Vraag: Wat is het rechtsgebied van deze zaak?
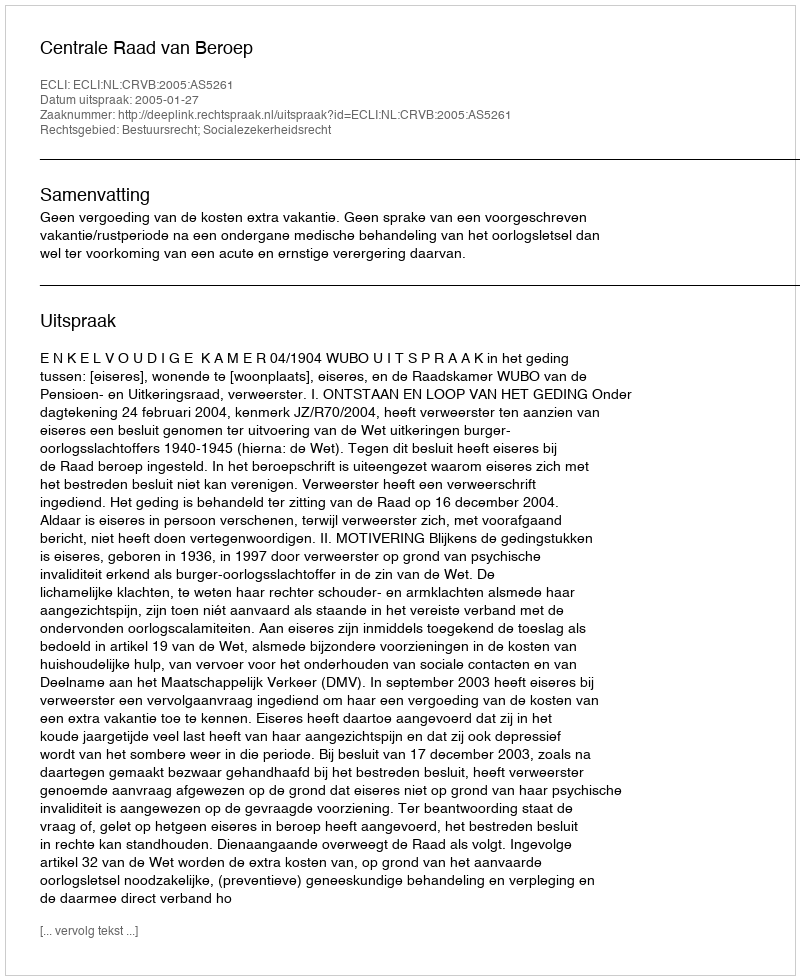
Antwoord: Bestuursrecht; Socialezekerheidsrecht